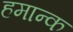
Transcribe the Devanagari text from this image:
हमान्क